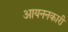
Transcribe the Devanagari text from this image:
आयननकारी